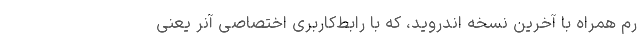
رم همراه با آخرین نسخه اندروید، که با رابط‌کاربری اختصاصی آنر یعنی